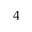
^ 4